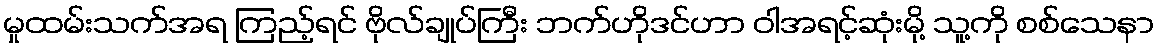
မှုထမ်းသက်အရ ကြည့်ရင် ဗိုလ်ချုပ်ကြီး ဘက်ဟိုဒင်ဟာ ဝါအရင့်ဆုံးမို့ သူ့ကို စစ်သေနာ